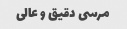
مرسی دقیق و عالی